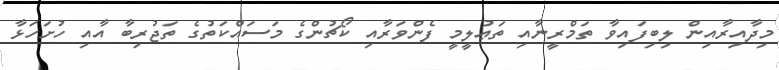
މިދާއިރާއިން ލިބިފައިވާ ތަމްރީނާއި ތަޢުލީމީ ފެންވަރާއި ކޯޗުންގެ މަސައްކަތުގެ ތަޖުރިބާ އާއި ހުށަހަޅާ